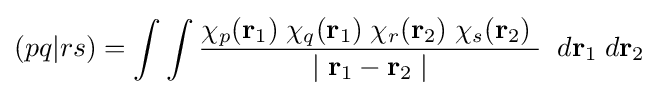
(pq|rs)=\int \int {\frac {\chi _{p}(\mathbf {r} _{1})\;\chi _{q}(\mathbf {r} _{1})\;\chi _{r}(\mathbf {r} _{2})\;\chi _{s}(\mathbf {r} _{2})\;}{\mid \mathbf {r} _{1}-\mathbf {r} _{2}\mid }}\;\;d\mathbf {r} _{1}\;d\mathbf {r} _{2}